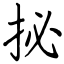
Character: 㧙